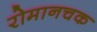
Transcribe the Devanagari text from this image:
रोमानचक